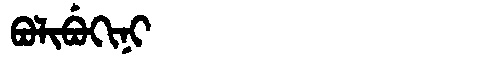
Manchu: ᠪᠣᠯᡳᠪᡠᡴᡳᠨᡳ
Romanization: BOLIBUKINI